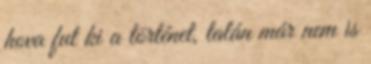
hova fut ki a történet, talán már nem is